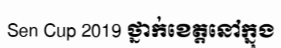
Sen Cup 2019 ថ្នាក់ខេត្តនៅក្នុង